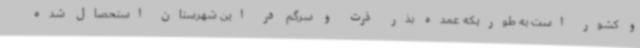
و کشور است به طوریکه عمده بذر ذرت و سرگم در این شهرستان استحصال شده